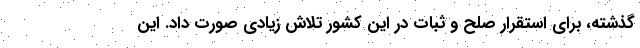
گذشته، برای استقرار صلح و ثبات در این کشور تلاش زیادی صورت داد. این